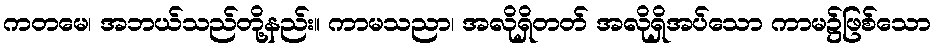
ကတမေ၊ အဘယ်သည်တို့နည်း။ ကာမသညာ၊ အလိုရှိတတ် အလိုရှိအပ်သော ကာမ၌ဖြစ်သော